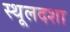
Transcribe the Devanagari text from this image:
स्थूलदशा